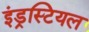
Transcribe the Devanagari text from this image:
इंड्रस्टियल